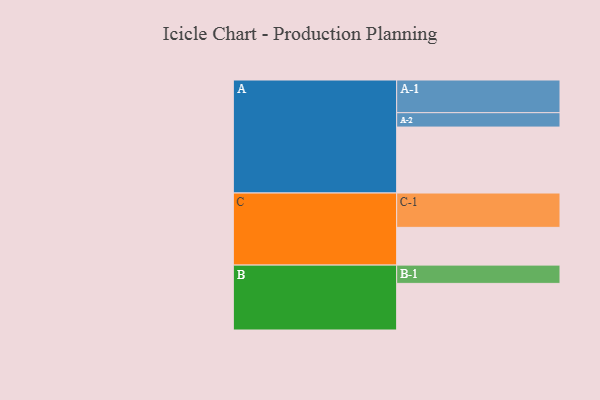
{"axis": {"x": "Segment", "y": "Value"}, "legend": ["", "A", "B", "C"], "data": [{"x": "A", "y": 559, "type": ""}, {"x": "B", "y": 395, "type": ""}, {"x": "C", "y": 320, "type": ""}, {"x": "A-1", "y": 277, "type": "A"}, {"x": "A-2", "y": 122, "type": "A"}, {"x": "B-1", "y": 155, "type": "B"}, {"x": "C-1", "y": 291, "type": "C"}]}